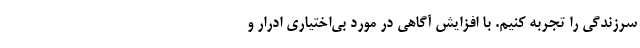
سرزندگی را تجربه کنیم. با افزایش آگاهی در مورد بی‌اختیاری ادرار و